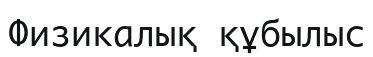
Физикалық құбылыс